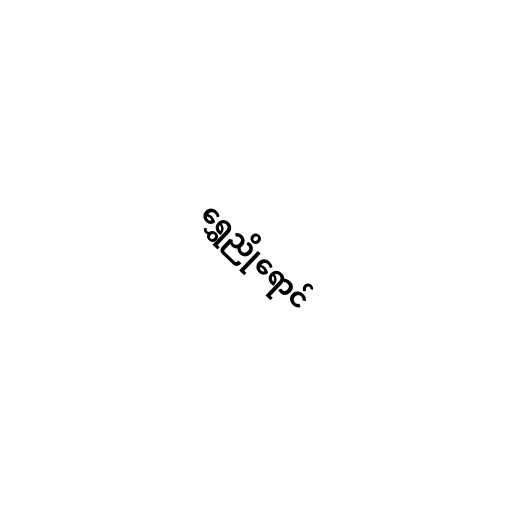
ရွှေညိုရောင်